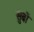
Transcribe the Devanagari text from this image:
सुबों